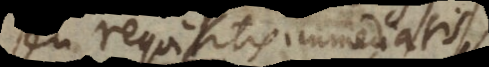
seu requisitis immediatis